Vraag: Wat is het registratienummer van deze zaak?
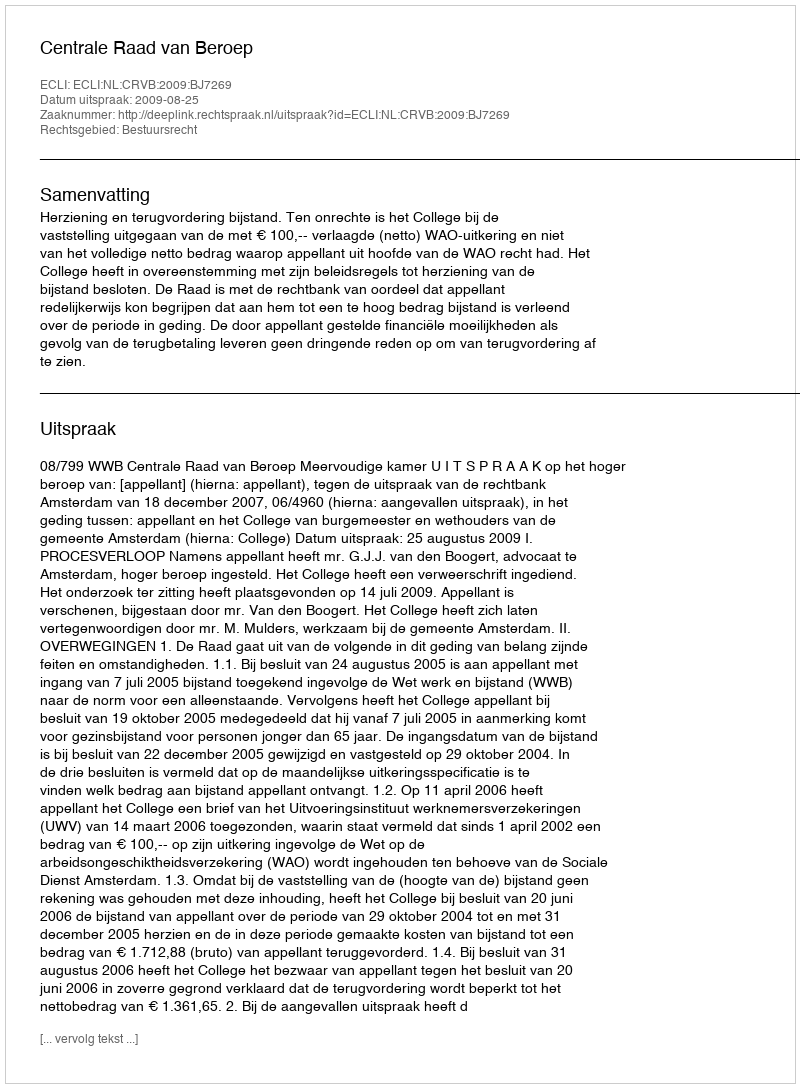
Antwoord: http://deeplink.rechtspraak.nl/uitspraak?id=ECLI:NL:CRVB:2009:BJ7269